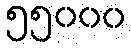
၅၅၀၀၀